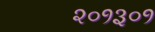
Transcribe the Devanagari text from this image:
२०१३०१